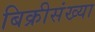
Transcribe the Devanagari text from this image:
बिक्रीसंख्या